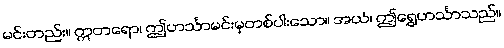
မင်းတည်း။ ဣတရော၊ ဤဟင်္သာမင်းမှတစ်ပါးသော။ အယံ၊ ဤရွှေဟင်္သာသည်။